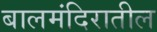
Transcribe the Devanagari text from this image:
बालमंदिरातील